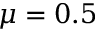
\mu = 0 . 5